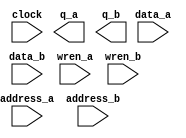
// megafunction wizard: %RAM: 2-PORT%VBB%
// GENERATION: STANDARD
// VERSION: WM1.0
// MODULE: altsyncram 

// ============================================================
// Megafunction Name(s):
// 			altsyncram
//
// Simulation Library Files(s):
// 			altera_mf
// ============================================================
// ************************************************************
// THIS IS A WIZARD-GENERATED FILE. DO NOT EDIT THIS FILE!
//
// 12.0 Build 232 07/05/2012 SP 1 SJ Web Edition
// ************************************************************

//Copyright (C) 1991-2012 Altera Corporation
//Your use of Altera Corporation's design tools, logic functions 
//and other software and tools, and its AMPP partner logic 
//functions, and any output files from any of the foregoing 
//(including device programming or simulation files), and any 
//associated documentation or information are expressly subject 
//to the terms and conditions of the Altera Program License 
//Subscription Agreement, Altera MegaCore Function License 
//Agreement, or other applicable license agreement, including, 
//without limitation, that your use is for the sole purpose of 
//programming logic devices manufactured by Altera and sold by 
//Altera or its authorized distributors.  Please refer to the 
//applicable agreement for further details.

module CacheBlockRAM (
	address_a,
	address_b,
	clock,
	data_a,
	data_b,
	wren_a,
	wren_b,
	q_a,
	q_b);

	input	[8:0]  address_a;
	input	[8:0]  address_b;
	input	  clock;
	input	[17:0]  data_a;
	input	[17:0]  data_b;
	input	  wren_a;
	input	  wren_b;
	output	[17:0]  q_a;
	output	[17:0]  q_b;
`ifndef ALTERA_RESERVED_QIS
// synopsys translate_off
`endif
	tri1	  clock;
	tri0	  wren_a;
	tri0	  wren_b;
`ifndef ALTERA_RESERVED_QIS
// synopsys translate_on
`endif

endmodule

// ============================================================
// CNX file retrieval info
// ============================================================
// Retrieval info: PRIVATE: ADDRESSSTALL_A NUMERIC "0"
// Retrieval info: PRIVATE: ADDRESSSTALL_B NUMERIC "0"
// Retrieval info: PRIVATE: BYTEENA_ACLR_A NUMERIC "0"
// Retrieval info: PRIVATE: BYTEENA_ACLR_B NUMERIC "0"
// Retrieval info: PRIVATE: BYTE_ENABLE_A NUMERIC "0"
// Retrieval info: PRIVATE: BYTE_ENABLE_B NUMERIC "0"
// Retrieval info: PRIVATE: BYTE_SIZE NUMERIC "9"
// Retrieval info: PRIVATE: BlankMemory NUMERIC "1"
// Retrieval info: PRIVATE: CLOCK_ENABLE_INPUT_A NUMERIC "0"
// Retrieval info: PRIVATE: CLOCK_ENABLE_INPUT_B NUMERIC "0"
// Retrieval info: PRIVATE: CLOCK_ENABLE_OUTPUT_A NUMERIC "0"
// Retrieval info: PRIVATE: CLOCK_ENABLE_OUTPUT_B NUMERIC "0"
// Retrieval info: PRIVATE: CLRdata NUMERIC "0"
// Retrieval info: PRIVATE: CLRq NUMERIC "0"
// Retrieval info: PRIVATE: CLRrdaddress NUMERIC "0"
// Retrieval info: PRIVATE: CLRrren NUMERIC "0"
// Retrieval info: PRIVATE: CLRwraddress NUMERIC "0"
// Retrieval info: PRIVATE: CLRwren NUMERIC "0"
// Retrieval info: PRIVATE: Clock NUMERIC "0"
// Retrieval info: PRIVATE: Clock_A NUMERIC "0"
// Retrieval info: PRIVATE: Clock_B NUMERIC "0"
// Retrieval info: PRIVATE: IMPLEMENT_IN_LES NUMERIC "0"
// Retrieval info: PRIVATE: INDATA_ACLR_B NUMERIC "0"
// Retrieval info: PRIVATE: INDATA_REG_B NUMERIC "1"
// Retrieval info: PRIVATE: INIT_FILE_LAYOUT STRING "PORT_A"
// Retrieval info: PRIVATE: INIT_TO_SIM_X NUMERIC "0"
// Retrieval info: PRIVATE: INTENDED_DEVICE_FAMILY STRING "Cyclone III"
// Retrieval info: PRIVATE: JTAG_ENABLED NUMERIC "0"
// Retrieval info: PRIVATE: JTAG_ID STRING "NONE"
// Retrieval info: PRIVATE: MAXIMUM_DEPTH NUMERIC "0"
// Retrieval info: PRIVATE: MEMSIZE NUMERIC "9216"
// Retrieval info: PRIVATE: MEM_IN_BITS NUMERIC "0"
// Retrieval info: PRIVATE: MIFfilename STRING ""
// Retrieval info: PRIVATE: OPERATION_MODE NUMERIC "3"
// Retrieval info: PRIVATE: OUTDATA_ACLR_B NUMERIC "0"
// Retrieval info: PRIVATE: OUTDATA_REG_B NUMERIC "0"
// Retrieval info: PRIVATE: RAM_BLOCK_TYPE NUMERIC "2"
// Retrieval info: PRIVATE: READ_DURING_WRITE_MODE_MIXED_PORTS NUMERIC "2"
// Retrieval info: PRIVATE: READ_DURING_WRITE_MODE_PORT_A NUMERIC "3"
// Retrieval info: PRIVATE: READ_DURING_WRITE_MODE_PORT_B NUMERIC "3"
// Retrieval info: PRIVATE: REGdata NUMERIC "1"
// Retrieval info: PRIVATE: REGq NUMERIC "0"
// Retrieval info: PRIVATE: REGrdaddress NUMERIC "0"
// Retrieval info: PRIVATE: REGrren NUMERIC "0"
// Retrieval info: PRIVATE: REGwraddress NUMERIC "1"
// Retrieval info: PRIVATE: REGwren NUMERIC "1"
// Retrieval info: PRIVATE: SYNTH_WRAPPER_GEN_POSTFIX STRING "0"
// Retrieval info: PRIVATE: USE_DIFF_CLKEN NUMERIC "0"
// Retrieval info: PRIVATE: UseDPRAM NUMERIC "1"
// Retrieval info: PRIVATE: VarWidth NUMERIC "0"
// Retrieval info: PRIVATE: WIDTH_READ_A NUMERIC "18"
// Retrieval info: PRIVATE: WIDTH_READ_B NUMERIC "18"
// Retrieval info: PRIVATE: WIDTH_WRITE_A NUMERIC "18"
// Retrieval info: PRIVATE: WIDTH_WRITE_B NUMERIC "18"
// Retrieval info: PRIVATE: WRADDR_ACLR_B NUMERIC "0"
// Retrieval info: PRIVATE: WRADDR_REG_B NUMERIC "1"
// Retrieval info: PRIVATE: WRCTRL_ACLR_B NUMERIC "0"
// Retrieval info: PRIVATE: enable NUMERIC "0"
// Retrieval info: PRIVATE: rden NUMERIC "0"
// Retrieval info: LIBRARY: altera_mf altera_mf.altera_mf_components.all
// Retrieval info: CONSTANT: ADDRESS_REG_B STRING "CLOCK0"
// Retrieval info: CONSTANT: CLOCK_ENABLE_INPUT_A STRING "BYPASS"
// Retrieval info: CONSTANT: CLOCK_ENABLE_INPUT_B STRING "BYPASS"
// Retrieval info: CONSTANT: CLOCK_ENABLE_OUTPUT_A STRING "BYPASS"
// Retrieval info: CONSTANT: CLOCK_ENABLE_OUTPUT_B STRING "BYPASS"
// Retrieval info: CONSTANT: INDATA_REG_B STRING "CLOCK0"
// Retrieval info: CONSTANT: INTENDED_DEVICE_FAMILY STRING "Cyclone III"
// Retrieval info: CONSTANT: LPM_TYPE STRING "altsyncram"
// Retrieval info: CONSTANT: NUMWORDS_A NUMERIC "512"
// Retrieval info: CONSTANT: NUMWORDS_B NUMERIC "512"
// Retrieval info: CONSTANT: OPERATION_MODE STRING "BIDIR_DUAL_PORT"
// Retrieval info: CONSTANT: OUTDATA_ACLR_A STRING "NONE"
// Retrieval info: CONSTANT: OUTDATA_ACLR_B STRING "NONE"
// Retrieval info: CONSTANT: OUTDATA_REG_A STRING "UNREGISTERED"
// Retrieval info: CONSTANT: OUTDATA_REG_B STRING "UNREGISTERED"
// Retrieval info: CONSTANT: POWER_UP_UNINITIALIZED STRING "FALSE"
// Retrieval info: CONSTANT: RAM_BLOCK_TYPE STRING "M9K"
// Retrieval info: CONSTANT: READ_DURING_WRITE_MODE_MIXED_PORTS STRING "DONT_CARE"
// Retrieval info: CONSTANT: READ_DURING_WRITE_MODE_PORT_A STRING "NEW_DATA_NO_NBE_READ"
// Retrieval info: CONSTANT: READ_DURING_WRITE_MODE_PORT_B STRING "NEW_DATA_NO_NBE_READ"
// Retrieval info: CONSTANT: WIDTHAD_A NUMERIC "9"
// Retrieval info: CONSTANT: WIDTHAD_B NUMERIC "9"
// Retrieval info: CONSTANT: WIDTH_A NUMERIC "18"
// Retrieval info: CONSTANT: WIDTH_B NUMERIC "18"
// Retrieval info: CONSTANT: WIDTH_BYTEENA_A NUMERIC "1"
// Retrieval info: CONSTANT: WIDTH_BYTEENA_B NUMERIC "1"
// Retrieval info: CONSTANT: WRCONTROL_WRADDRESS_REG_B STRING "CLOCK0"
// Retrieval info: USED_PORT: address_a 0 0 9 0 INPUT NODEFVAL "address_a[8..0]"
// Retrieval info: USED_PORT: address_b 0 0 9 0 INPUT NODEFVAL "address_b[8..0]"
// Retrieval info: USED_PORT: clock 0 0 0 0 INPUT VCC "clock"
// Retrieval info: USED_PORT: data_a 0 0 18 0 INPUT NODEFVAL "data_a[17..0]"
// Retrieval info: USED_PORT: data_b 0 0 18 0 INPUT NODEFVAL "data_b[17..0]"
// Retrieval info: USED_PORT: q_a 0 0 18 0 OUTPUT NODEFVAL "q_a[17..0]"
// Retrieval info: USED_PORT: q_b 0 0 18 0 OUTPUT NODEFVAL "q_b[17..0]"
// Retrieval info: USED_PORT: wren_a 0 0 0 0 INPUT GND "wren_a"
// Retrieval info: USED_PORT: wren_b 0 0 0 0 INPUT GND "wren_b"
// Retrieval info: CONNECT: @address_a 0 0 9 0 address_a 0 0 9 0
// Retrieval info: CONNECT: @address_b 0 0 9 0 address_b 0 0 9 0
// Retrieval info: CONNECT: @clock0 0 0 0 0 clock 0 0 0 0
// Retrieval info: CONNECT: @data_a 0 0 18 0 data_a 0 0 18 0
// Retrieval info: CONNECT: @data_b 0 0 18 0 data_b 0 0 18 0
// Retrieval info: CONNECT: @wren_a 0 0 0 0 wren_a 0 0 0 0
// Retrieval info: CONNECT: @wren_b 0 0 0 0 wren_b 0 0 0 0
// Retrieval info: CONNECT: q_a 0 0 18 0 @q_a 0 0 18 0
// Retrieval info: CONNECT: q_b 0 0 18 0 @q_b 0 0 18 0
// Retrieval info: GEN_FILE: TYPE_NORMAL CacheBlockRAM.v TRUE
// Retrieval info: GEN_FILE: TYPE_NORMAL CacheBlockRAM.inc FALSE
// Retrieval info: GEN_FILE: TYPE_NORMAL CacheBlockRAM.cmp TRUE
// Retrieval info: GEN_FILE: TYPE_NORMAL CacheBlockRAM.bsf FALSE
// Retrieval info: GEN_FILE: TYPE_NORMAL CacheBlockRAM_inst.v FALSE
// Retrieval info: GEN_FILE: TYPE_NORMAL CacheBlockRAM_bb.v TRUE
// Retrieval info: LIB_FILE: altera_mf